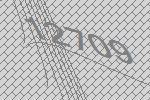
12709